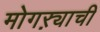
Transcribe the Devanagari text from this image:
मोगऱ्याची